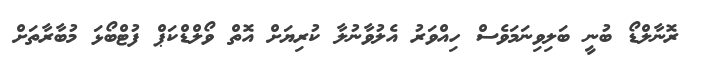
ރޮނާލްޑޯ ބުނީ ބަލިވިނަމަވެސް ހިއްވަރު އެލުވާނުލާ ކުރިޔަށް އޮތް ވޯލްޑްކަޕް ފުޓްބޯޅަ މުބާރާތަށް